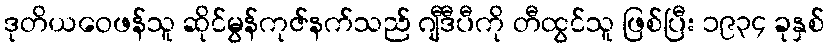
ဒုတိယဝေဖန်သူ ဆိုင်မွန်ကုဇ်နက်သည် ဂျီဒီပီကို တီထွင်သူ ဖြစ်ပြီး ၁၉၃၄ ခုနှစ်